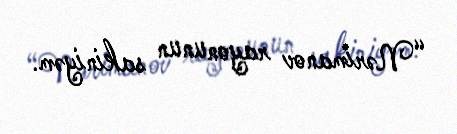
“Nərimanov rayonunun sakiniyəm.